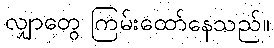
လျှာတွေ ကြမ်းထော်နေသည်။